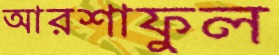
আরশাফুল